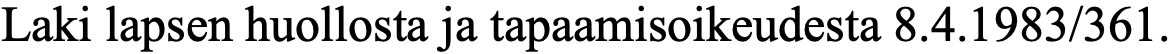
Laki lapsen huollosta ja tapaamisoikeudesta 8.4.1983/361.